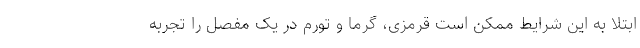
ابتلا به این شرایط ممکن است قرمزی، گرما و تورم در یک مفصل را تجربه